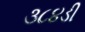
૩૮૪ડી